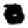
Digit: 0